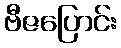
ဗီဇပြောင်း